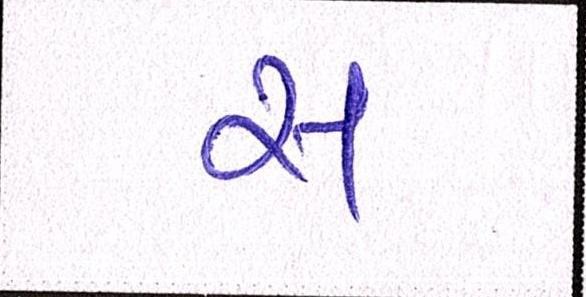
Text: સ